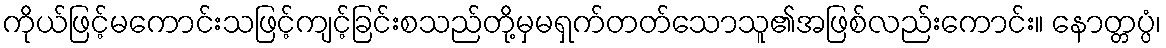
ကိုယ်ဖြင့်မကောင်းသဖြင့်ကျင့်ခြင်းစသည်တို့မှမရှက်တတ်သောသူ၏အဖြစ်လည်းကောင်း။ နောတ္တပ္ပံ၊